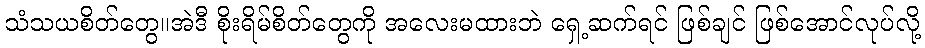
သံသယစိတ်တွေ။အဲဒီ စိုးရိမ်စိတ်တွေကို အလေးမထားဘဲ ရှေ့ဆက်ရင် ဖြစ်ချင် ဖြစ်အောင်လုပ်လို့